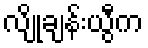
လျိုချန်းယွီက